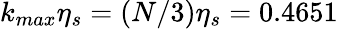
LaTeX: k_{max}\eta_{s}=(N/3)\eta_{s}=0.4651